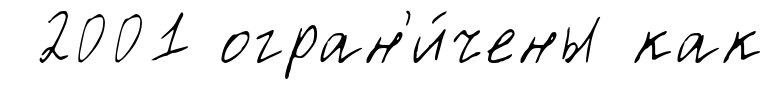
2001 огран'и́чены как